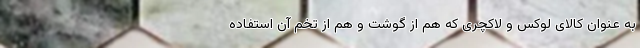
به عنوان کالای لوکس و لاکچری که هم از گوشت و هم از تخم آن استفاده